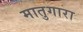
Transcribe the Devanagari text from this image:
मातुगारा